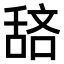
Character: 𫇖